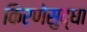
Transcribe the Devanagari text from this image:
किरणेसुद्धा